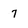
Character: 7